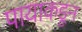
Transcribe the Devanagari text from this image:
पायाकडून